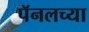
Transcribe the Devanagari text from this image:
पॅनलच्या